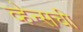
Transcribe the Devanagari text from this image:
व्हेन्सची